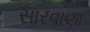
સારવાણા